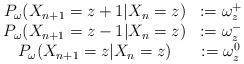
LaTeX: \begin{align*}\begin{array}{cc}P_\omega(X_{n+1}=z+1|X_n=z)& :=\omega_z^+ \\ P_\omega(X_{n+1}=z-1|X_n=z)& :=\omega_z^- \\ P_\omega(X_{n+1}=z|X_n=z)& :=\omega_z^0\end{array}\end{align*}